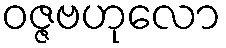
ဝဇ္ဇဗဟုလော